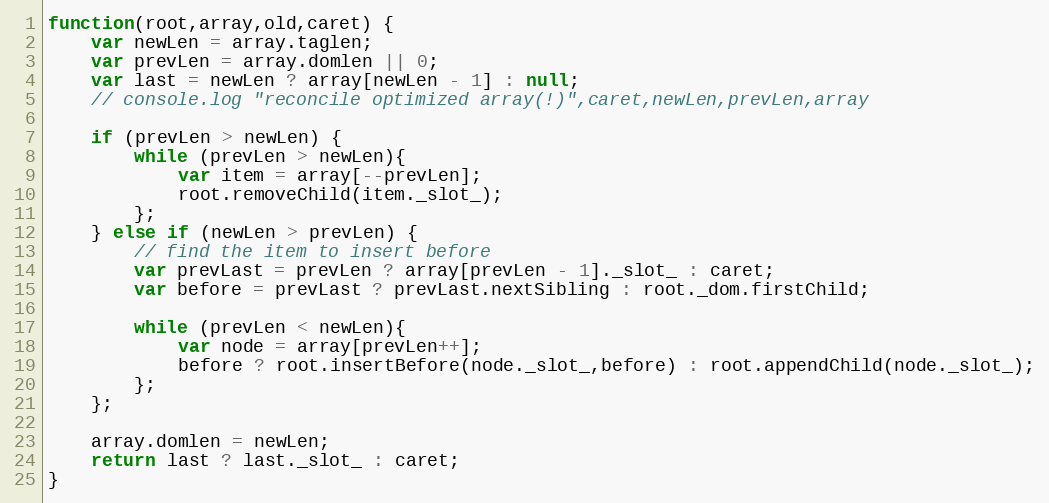
Language: JavaScript
function(root,array,old,caret) {
	var newLen = array.taglen;
	var prevLen = array.domlen || 0;
	var last = newLen ? array[newLen - 1] : null;
	// console.log "reconcile optimized array(!)",caret,newLen,prevLen,array

	if (prevLen > newLen) {
		while (prevLen > newLen){
			var item = array[--prevLen];
			root.removeChild(item._slot_);
		};
	} else if (newLen > prevLen) {
		// find the item to insert before
		var prevLast = prevLen ? array[prevLen - 1]._slot_ : caret;
		var before = prevLast ? prevLast.nextSibling : root._dom.firstChild;

		while (prevLen < newLen){
			var node = array[prevLen++];
			before ? root.insertBefore(node._slot_,before) : root.appendChild(node._slot_);
		};
	};

	array.domlen = newLen;
	return last ? last._slot_ : caret;
}